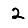
Digit: 2